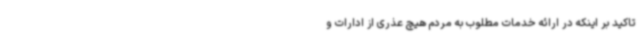
تاکید بر اینکه در ارائه خدمات مطلوب به مردم هیچ عذری از ادارات و